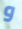
و